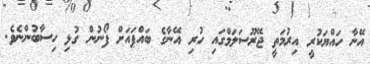
އޭނާ ހައްޔަކުރީ އިރުމަތީ ޖޭރޫސަލަމްގައި ހުރި އޭނާގެ ބައްޕައަށް ފޯނުން ގުޅި ހިސާބުންނެވެ.